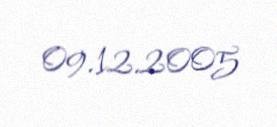
09.12.2005